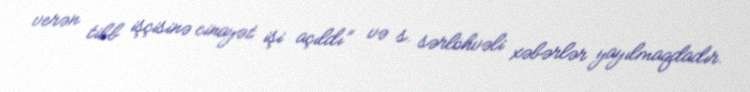
verən tibb işçisinə cinayət işi açıldı” və s. sərlöhvəli xəbərlər yayılmaqdadır.